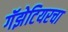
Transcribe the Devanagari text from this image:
गॅझेटियरचा